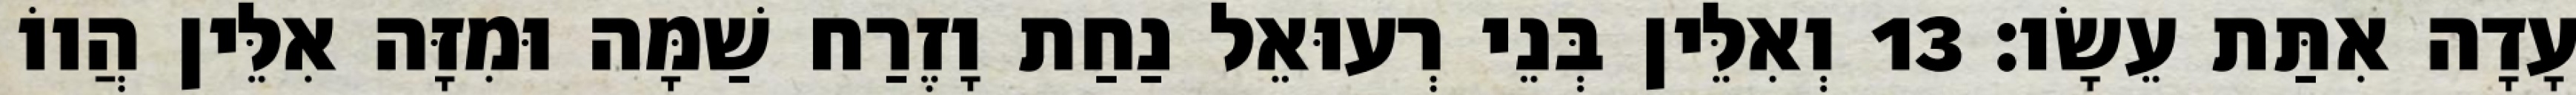
עָדָה אִתַּת עֵשָׂו׃ 13 וְאִלֵּין בְּנֵי רְעוּאֵל נַחַת וָזֶרַח שַׁמָּה וּמִזָּה אִלֵּין הֲווֹ